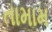
તામામ